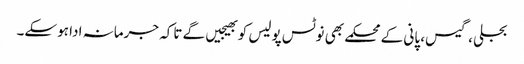
بجلی ، گیس، پانی کے محکمے بھی نوٹس پولیس کو بھیجیں گے تاکہ جرمانہ ادا ہوسکے۔